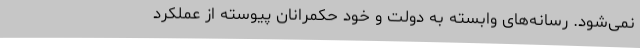
نمی‌شود. رسانه‌های وابسته به دولت و خود حکمرانان پیوسته از عملکرد